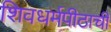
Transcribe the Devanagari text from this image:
शिवधर्मपीठाची